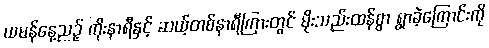
ယမန်နေ့ညဉ့် ကိုးနာရီနှင့် ဆယ့်တစ်နာရီကြားတွင် မိုးသည်းထန်စွာ ရွာခဲ့ကြောင်းကို